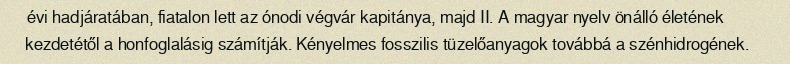
évi hadjáratában, fiatalon lett az ónodi végvár kapitánya, majd II. A magyar nyelv önálló életének kezdetétől a honfoglalásig számítják. Kényelmes fosszilis tüzelőanyagok továbbá a szénhidrogének.